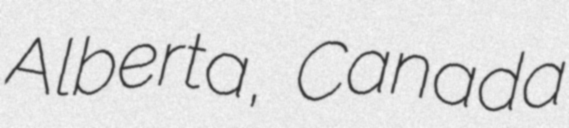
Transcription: Alberta, Canada